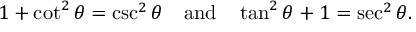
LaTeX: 1 + \cot ^ { 2 } \theta = \csc ^ { 2 } \theta \quad { \mathrm { a n d } } \quad \tan ^ { 2 } \theta + 1 = \sec ^ { 2 } \theta .